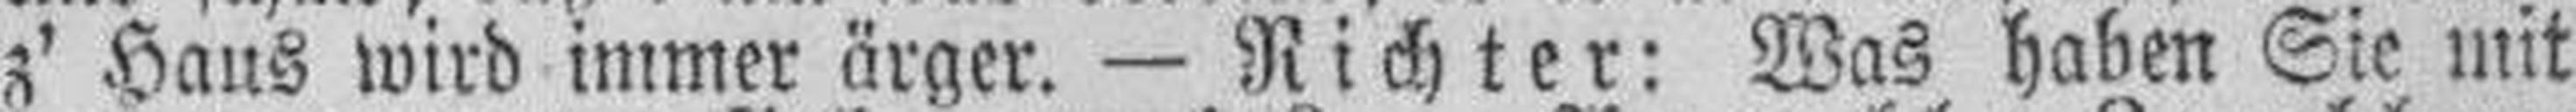
z' Haus wird immer ärger. — Richter: Was haben Sie mit